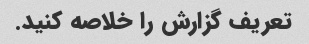
تعریف گزارش را خلاصه کنید.